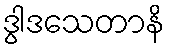
ဒွါဒသေတာနိ